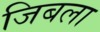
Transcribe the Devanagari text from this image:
जिबला